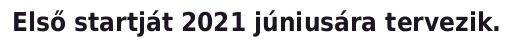
Első startját 2021 júniusára tervezik.